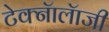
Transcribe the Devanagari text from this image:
टेक्नॅालॅाजी